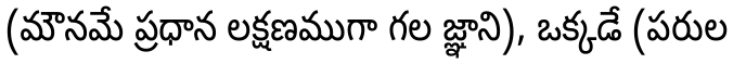
(మౌనమే ప్రధాన లక్షణముగా గల జ్ఞాని), ఒక్కడే (పరుల